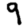
Digit: 9